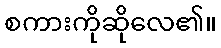
စကားကိုဆိုလေ၏။